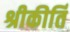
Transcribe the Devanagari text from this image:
श्रीकीर्ति